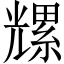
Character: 𫤡